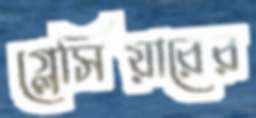
গ্লেসিয়ারের